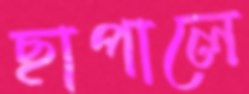
ছাপালে